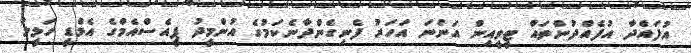
އުފައްދާ އުފެއްދުންތައް ޓީވީއިން އަންނަ އަހަރު ފެނިގެންދާނެކަމުގެ އުންމީދު ޕީއެސްއެމްގެ އެމްޑީ ހަލީލު